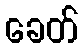
ခေတ်